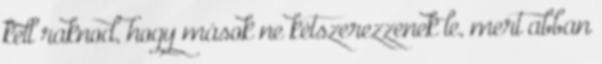
kell raknod, hogy mások ne kétszerezzenek le, mert abban